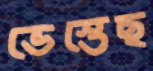
ভেস্তেছ